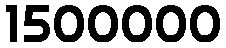
1500000